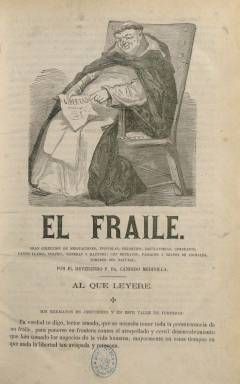
Título: El Fraile (Madrid)
Colección: Revistas satíricas y humorísticas || Carlismo
Ámbito geográfico: Madrid
Lugar de publicación: Madrid
Fechas: 01/10/1869-05/08/1870

Forma parte del empuje que tuvieron también los periódicos de carácter satírico-político y de ideología católica y carlista que usaron las armas del ridículo (Gómez Aparicio: 1971) para combatir al denominado primer periodo democrático español, y del desprestigio contra sus artífices, pero también de efímera existencia, como otros tantos periódicos de signo contrario, que participaron en la espectacular eclosión de la prensa española en aquel sexenio de acentuada libertad de imprenta. El director y único redactor de este título será el periodista, escritor e historiador fundamentalista gaditano Ildefonso Antonio Bermejo y Barrientos (1820-1892), que en ese momento también era redactor del diario madrileño La Época (1849-1936) y meses antes había acompañado a Juan Rico y Amat (1821-1870) y Manuel Ossorio y Bernard (1839-1904) en la redacción del también semanario satírico borbónico, clerical y tradicionalista Don Quijote (1869), que dejó de publicarse tras ser arrasada su redacción por la temida Partida de la Porra, y en donde Bermejo había empezado a usar el seudónimo Fr. Cándido Medinilla.

El Fraile estuvo publicándose desde el uno de octubre de 1869 hasta el cinco de agosto de 1878, apareciendo hasta 43 entregas (que denomina “meditaciones”), que salían cada viernes, con ocho páginas cada una y foliación continuada anual, compuestas a una columna el primer año, y a dos, en el segundo, estampadas en la imprenta de R. Vicente. Su cabecera está acompañada de un gran grabado en donde aparece un fraile sentado con un papel en la mano titulado “libertad”, y de un largo subtítulo que da sentido al tipo de contenidos de la publicación: “gran colección de meditaciones, epístolas, coloquios, jaculatorias, correazos, canto llano, solfeo, vísperas y maitines; con retratos, paisages y grupos de animales tomados del natural, por el reverendo P. Fr. Cándido Medinilla”, pues en ningún momento aparecerá el nombre verdadero a quien corresponde este seudónimo, y los géneros literarios elegidos para sus textos serán una especie de epístolas y coloquios marcados por el lenguaje clerical y chocarrero. Aparece indicado como su administrador Antonio Bocio.

Este tipo de sermones o cartas estarán dirigidas “a los gobernantes de la nación”, al “serenísimo señor regente del reino”, al “excelentísimo señor Juan Prim”, al “señor Víctor Manuel”, al “ilustrísimo señor duque de Montpensier”, al ministro de Gracia o Justicia o a Salustiano de Olózaga, entre otros muchos. Incluye también una sección bajo el epígrafe Coloquios y correazos, especie de diálogos con personajes quijotescos, como es el del propio Sancho Panza; y otra titulada Estornudos, con breves noticias de actualidad política. Otros títulos de sus textos son Ejercicios de la imaginación o Bostezos. Llegará a publicar también nueve láminas grabadas fuera de texto.

Tras aparecer su última entrega, imprime una hoja con el título Suplemento al Fraile, donde anuncia el cese de la publicación, motivado a “achaques de salud y reveses de fortuna, que suelen siempre marchar unidos en los calamitosos tiempos de hora y libertad revolucionarios”, al tiempo que indica que sus suscripciones pasarán al periódico Rigoleto, que tilda de “católico-monárquico”, que había comenzado a publicarse el uno de diciembre de 1869 para combatir al duque de Montpensier como aspirante a la Corona de España. Fr. Cándido Medinilla anuncia también que le prestará también colaboración literaria al mismo. En 1875, Bermejo se integraría en el Cuerpo de Archiveros y Bibliotecarios, prestando sus servicios en la Biblioteca Nacional de España hasta 1881, además de colaborar en numerosos periódicos y revistas hasta su fallecimiento.